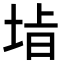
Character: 𭎡